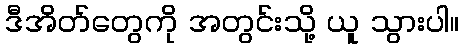
ဒီအိတ်တွေကို အတွင်းသို့ ယူ သွားပါ။